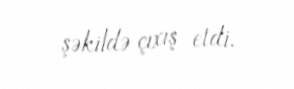
şəkildə çıxış etdi.